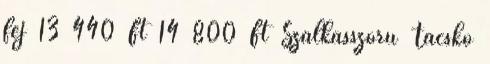
fej 13 440 Ft 14 800 Ft Szálkásszőrű Tacskó